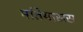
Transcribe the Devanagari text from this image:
मतियासस